Report on horse surra - Volume II, Part I
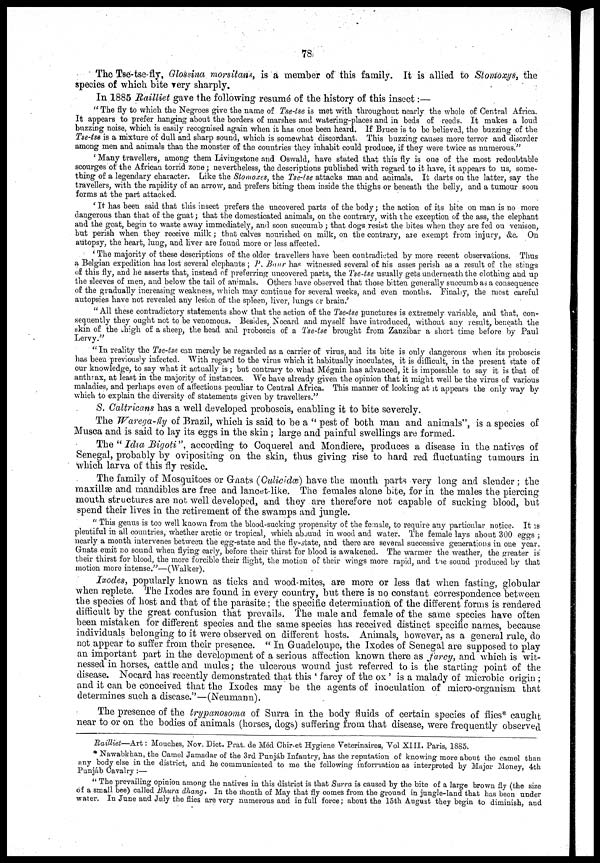
78
The Tse-tse-fly, Glossina morsitans, is a member of this family. It is allied to Stomoxys, the
species of which bite very sharply.
In 1885 Railliet gave the following resumé of the history of this insect:—
" The fly to which the Negroes give the name of Tse-tse is met with throughout nearly the whole of Central Africa.
It appears to prefer hanging about the borders of marshes and watering-places and in beds of reeds. It makes a loud
buzzing noise, which is easily recognised again when it has once been heard. If Bruce is to be believed, the buzzing of the
Tse-tse is a mixture of dull and sharp sound, which is somewhat discordant. This buzzing causes more terror and disorder
among men and animals than the monster of the countries they inhabit could produce, if they were twice as numerous."
'Many travellers, among them Livingstone and Oswald, have stated that this fly is one of the most redoubtable
scourges of the African torrid zone; nevertheless, the descriptions published with regard to it have, it appears to us, some-
thing of a legendary character. Like the Stomoxes, the Tse-tse attacks man and animals. It darts on the latter, say the
travellers, with the rapidity of an arrow, and prefers biting them inside the thighs or beneath the belly, and a tumour soon
forms at the part attacked.
' It has been said that this insect prefers the uncovered parts of the body; the action of its bite on man is no more
dangerous than that of the gnat; that the domesticated animals, on the contrary, with the exception of the ass, the elephant
and the goat, begin to waste away immediately, and soon succumb ; that dogs resist the bites when they are fed on venison,
but perish when they receive milk; that calves nourished on milk, on the contrary, are exempt from injury, &c. On
autopsy, the heart, lung, and liver are found more or less affected.
'The majority of these descriptions of the older travellers have been contradicted by more recent observations. Thus
a Belgian expedition has lost several elephants ; P. Baur has witnessed several of his asses perish as a result of the stings
of this fly, and he asserts that, instead of preferring uncovered parts, the Tse-tse usually gets underneath the clothing and up
the sleeves of men, and below the tail of animals. Others have observed that those bitten generally succumb as a consequence
of the gradually increasing weakness, which may continue for several weeks, and even months. Finally, the most careful
autopsies have not revealed any lesion of the spleen, liver, lungs or brain.'
"All these contradictory statements show that the action of the Tse-tse punctures is extremely variable, and that, con-
sequently they ought not to be venomous. Besides, Nocard and myself have introduced, without any result, beneath the
skin of the thigh of a sheep, the head and proboscis of a Tse-tse brought from Zanzibar a short time before by Paul
Lervy."
"In reality the Tse-tse can merely be regarded as a carrier of virus, and its bite is only dangerous when its proboscis
has been previously infected. With regard to the virus which it habitually inoculates, it is difficult, in the present state of
our knowledge, to say what it actually is ; but contrary to what Mégnin has advanced, it is impossible to say it is that of
anthrax, at least in the majority of instances. We have already given the opinion that it might well be the virus of various
maladies, and perhaps even of affections peculiar to Central Africa. This manner of looking at it appears the only way by
which to explain the diversity of statements given by travellers."
S. Caltricans has a well developed proboscis, enabling it to bite severely.
The Warega-fly of Brazil, which is said to be a " pest of both man and animals", is a species of
Musca and is said to lay its eggs in the skin ; large and painful swellings are formed.
The "Idia Bigoti", according to Coquerel and Mondiere, produces a disease in the natives of
Senegal, probably by ovipositing on the skin, thus giving rise to hard red fluctuating tumours in
which larva of this fly reside.
The family of Mosquitoes or Gnats (Culicidæ) have the mouth parts very long and slender ; the
maxillæ and mandibles are free and lancet-like. The females alone bite, for in the males the piercing
mouth structures are not well developed, and they are therefore not capable of sucking blood, but
spend their lives in the retirement of the swamps and jungle.
"This genus is too well known from the blood-sucking propensity of the female, to require any particular notice. It is
plentiful in all countries, whether arctic or tropical, which abound in wood and water. The female lays about 300 eggs ;
nearly a month intervenes between the egg-state and the fly-state, and there are several successive generations in one year.
Gnats emit no sound when flying early, before their thirst for blood is awakened. The warmer the weather, the greater is
their thirst for blood, the more forcible their flight, the motion of their wings more rapid, and the sound produced by that
motion more intense."—(Walker).
Ixodes, popularly known as ticks and wood-mites, are more or less flat when fasting, globular
when replete. The Ixodes are found in every country, but there is no constant correspondence between
the species of host and that of the parasite; the specific determination of the different forms is rendered
difficult by the great confusion that prevails. The male and female of the same species have often
been mistaken for different species and the same species has received distinct specific names, because
individuals belonging to it were observed on different hosts. Animals, however, as a general rule, do
not appear to suffer from their presence. "In Guadeloupe, the Ixodes of Senegal are supposed to play
an important part in the development of a serious affection known there as farcy, and which is wit-
nessed in horses, cattle and mules; the ulcerous wound just referred to is the starting point of the
disease. Nocard has recently demonstrated that this ' farcy of the ox' is a malady of microbic origin ;
and it can be conceived that the Ixodes may be the agents of inoculation of micro-organism that
determines such a disease."—(Neumann).
The presence of the trypanosoma of Surra in the body fluids of certain species of flies* caught
near to or on the bodies of animals (horses, dogs) suffering from that disease, were frequently observed
Railliet—Art: Mouches, Nov. Dict. Prat. de Méd Chir-et Hygiene Veterinaires, Vol XIII. Paris, 1885.
* Nawabkhan, the Camel Jamadar of the 3rd Punjab Infantry, has the reputation of knowing more about the camel than
any body else in the district, and he communicated to me the following information as interpreted by Major Money, 4th
Punjáb Cavalry :—
"The prevailing opinion among the natives in this district is that Surra is caused by the bite of a large brown fly (the size
of a small bee) called Bhura dhang. In the month of May that fly comes from the ground in jungle-land that has been under
water. In June and July the flies are very numerous and in full force; about the 15th August they begin to diminish, and